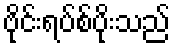
ဗိုင်းရပ်စ်ပိုးသည်